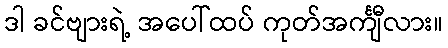
ဒါ ခင်ဗျားရဲ့ အပေါ်ထပ် ကုတ်အင်္ကျီလား။